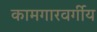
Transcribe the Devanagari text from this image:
कामगारवर्गीय